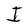
Character: I